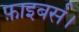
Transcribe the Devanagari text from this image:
फ़ाइबर्स।